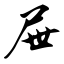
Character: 屉